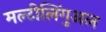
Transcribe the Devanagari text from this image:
मल्टीलिंगुअल